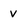
Character: v